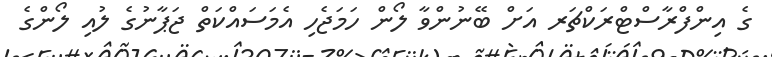
ގެ އިންފްރާސްޓްރަކްޗަރ އަށް ބޭނުންވާ ލޯން ހަމަޖެހި އެމަސައްކަތް ޖަޕާނުގެ ލުއި ލޯންގެ